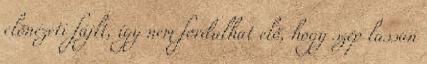
elõnézeti fájlt, így nem fordulhat elõ, hogy szép lassan